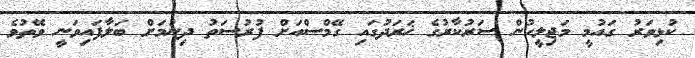
ކުޅިވަރު ގައުމީ މަޖިލީހުން ސަރުކާރުގެ ޚަރަދުގައި ގޭމްސްއަށް ފުރުސަތު ދިނުމަށް ބަލާފައިވަނީ ވޭތުވެ